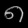
Digit: ၈